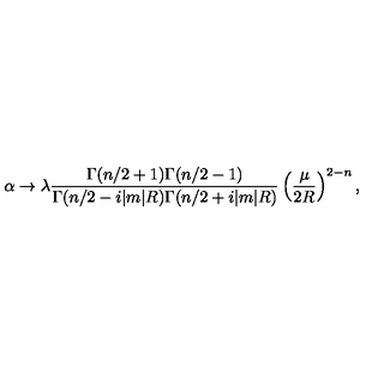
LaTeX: \alpha \to \lambda \frac { \Gamma ( n / 2 + 1 ) \Gamma ( n / 2 - 1 ) } { \Gamma ( n / 2 - i | m | R ) \Gamma ( n / 2 + i | m | R ) } \left( \frac { \mu } { 2 R } \right) ^ { 2 - n } ,